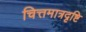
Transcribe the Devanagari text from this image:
चित्तमात्रदृष्टि